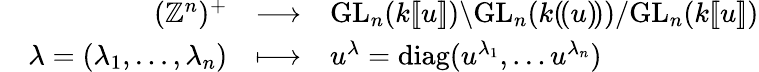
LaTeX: \begin{array}{lrcl}&{(\mathbb{Z}^{n})^{+}}&{\longrightarrow}&{\mathrm{GL}_{n}(k[\! [u]\! ])\backslash\mathrm{GL}_{n}(k(\! (u)\! ))/\mathrm{GL}_{n}(k[\! [u]\! ])}\\ &{\lambda=(\lambda_{1},\dots,\lambda_{n})}&{\longmapsto}&{u^{\lambda}=\mathrm{diag}(u^{\lambda_{1}},\dots u^{\lambda_{n}})}\end{array}